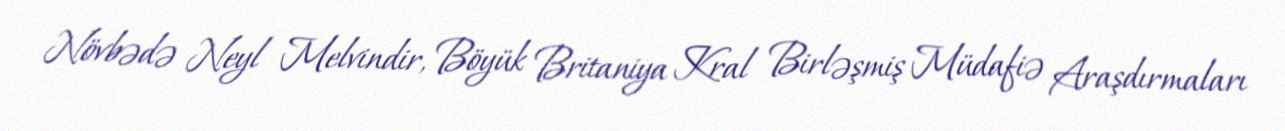
Növbədə Neyl Melvindir, Böyük Britaniya Kral Birləşmiş Müdafiə Araşdırmaları